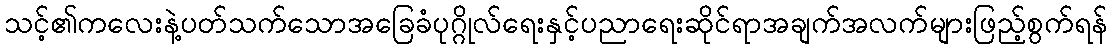
သင့်၏ကလေးနဲ့ပတ်သက်သောအခြေခံပုဂ္ဂိုလ်ရေးနှင့်ပညာရေးဆိုင်ရာအချက်အလက်များဖြည့်စွက်ရန်